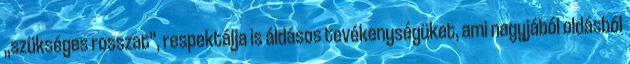
„szük­sé­ges rosszat”, respektálja is áldásos tevékenységüket, ami nagyjá­ból oldásból